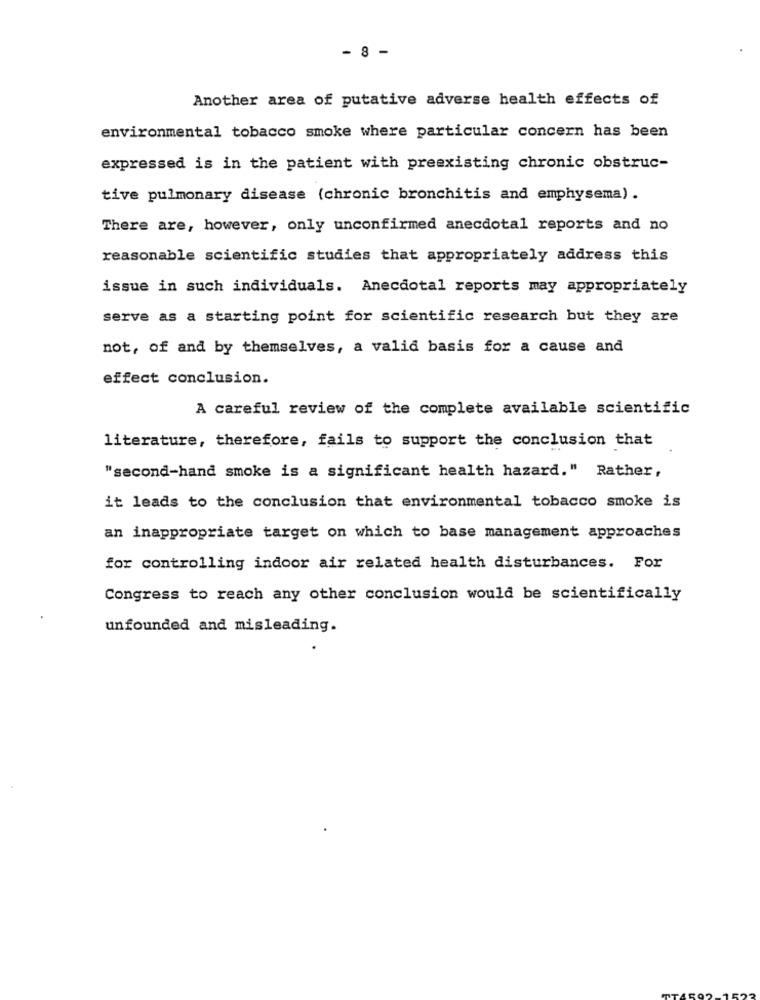
- 8 -
Another area of putative adverse health effects of
environmental tobacco smoke where particular concern has been
expressed is in the patient with preexisting chronic obstruc-
tive pulmonary disease (chronic bronchitis and emphysema) .
There are, however, only unconfirmed anecdotal reports and no
reasonable scientific studies that appropriately address this
issue in such individuals. Anecdotal reports may appropriately
serve as a starting point for scientific research but they are
not, of and by themselves, a valid basis for a cause and
effect conclusion.
A careful review of the complete available scientific
literature, therefore, fails to support the conclusion that
"second-hand smoke is a significant health hazard." Rather,
it leads to the conclusion that environmental tobacco smoke is
an inappropriate target on which to base management approaches
for controlling indoor air related health disturbances. For
Congress to reach any other conclusion would be scientifically
unfounded and misleading.